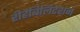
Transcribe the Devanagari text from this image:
रीहैबिलिटेशन